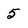
Character: 5